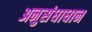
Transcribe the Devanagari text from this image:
अनुसंधाधान